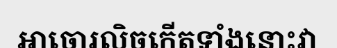
អាចោរលិចកើតទាំងនោះវា